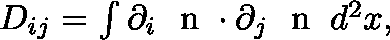
\begin{array} { r } { D _ { i j } = \int \partial _ { i } \mathrm { ~ \boldmath ~ n ~ } \cdot \partial _ { j } \mathrm { ~ \boldmath ~ n ~ } \: d ^ { 2 } x , } \end{array}